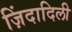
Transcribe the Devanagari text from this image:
ज़िंदादिली